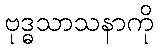
ဗုဒ္ဓသာသနာကို